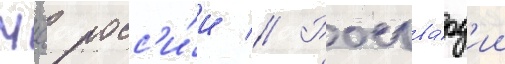
Мчс росс'и́и // Росгва́рд'ии